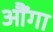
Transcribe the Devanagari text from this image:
औंगा